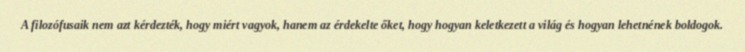
A filozófusaik nem azt kérdezték, hogy miért vagyok, hanem az érdekelte őket, hogy hogyan keletkezett a világ és hogyan lehetnének boldogok.